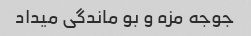
جوجه مزه و بو ماندگی میداد